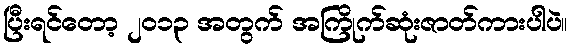
ပြီးရင်တော့ ၂၀၁၃ အတွက် အကြိုက်ဆုံးဇာတ်ကားပါပဲ။